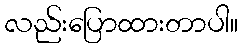
လည်းပြောထားတာပါ။